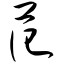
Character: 范